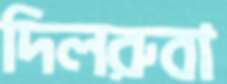
দিলরুবা